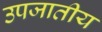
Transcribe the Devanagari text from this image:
उपजातीय